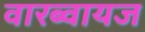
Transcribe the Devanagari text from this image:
वारब्वायज